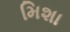
મિશા